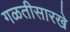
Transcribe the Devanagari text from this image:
गळतीसारखे